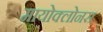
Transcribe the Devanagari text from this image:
मायोक्लोनस